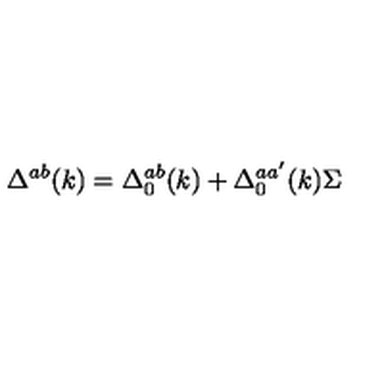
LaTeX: \Delta ^ { a b } ( k ) = \Delta _ { 0 } ^ { a b } ( k ) + \Delta _ { 0 } ^ { a a ^ { \prime } } ( k ) { \Sigma }